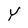
Character: y